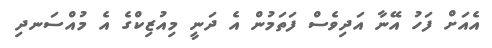
އެއަށް ފަހު އޭނާ އަދިވެސް ފަތަމުން އެ ދަނީ މިއުޒިކްގެ އެ މުއްސަނދި